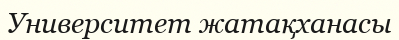
Университет жатақханасы